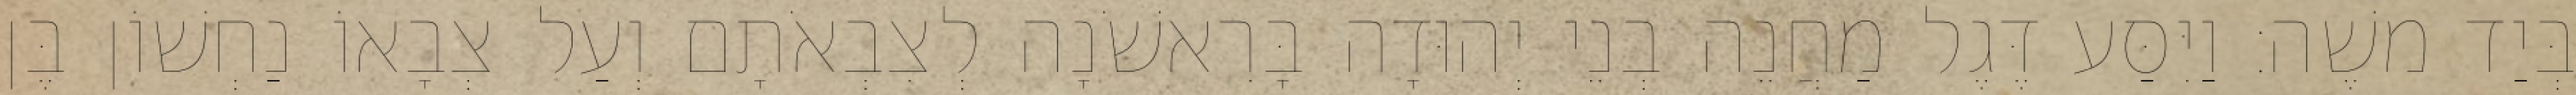
בְּיַד משֶׁה׃ וַיִּסַּע דֶּגֶל מַחֲנֵה בְנֵי יְהוּדָה בָּרִאשֹׁנָה לְצִבְאֹתָם וְעַל צְבָאוֹ נַחְשׁוֹן בֶּן